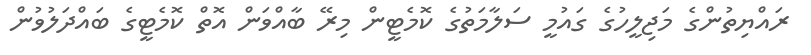
ރައްޔިތުންގެ މަޖިލީހުގެ ގައުމީ ސަލާމަތުގެ ކޮމެޓީން މިރޭ ބާއްވަން އޮތް ކޮމެޓީގެ ބައްދަލުވުން